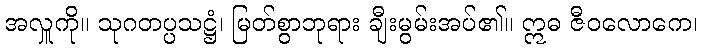
အလှူကို။ သုဂတပ္ပသဋ္ဌံ၊ မြတ်စွာဘုရား ချီးမွမ်းအပ်၏။ ဣဓ ဇီဝလောကေ၊